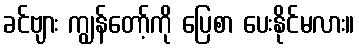
ခင်ဗျား ကျွန်တော့်ကို ပြေစာ ပေးနိုင်မလား။